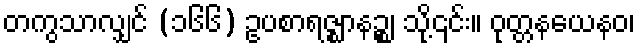
တကွသာလျှင် (၁၆၆) ဥပစာရဇ္ဈာနဉ္စ၊ သို့၎င်း။ ဝုတ္တနယေနဝ၊